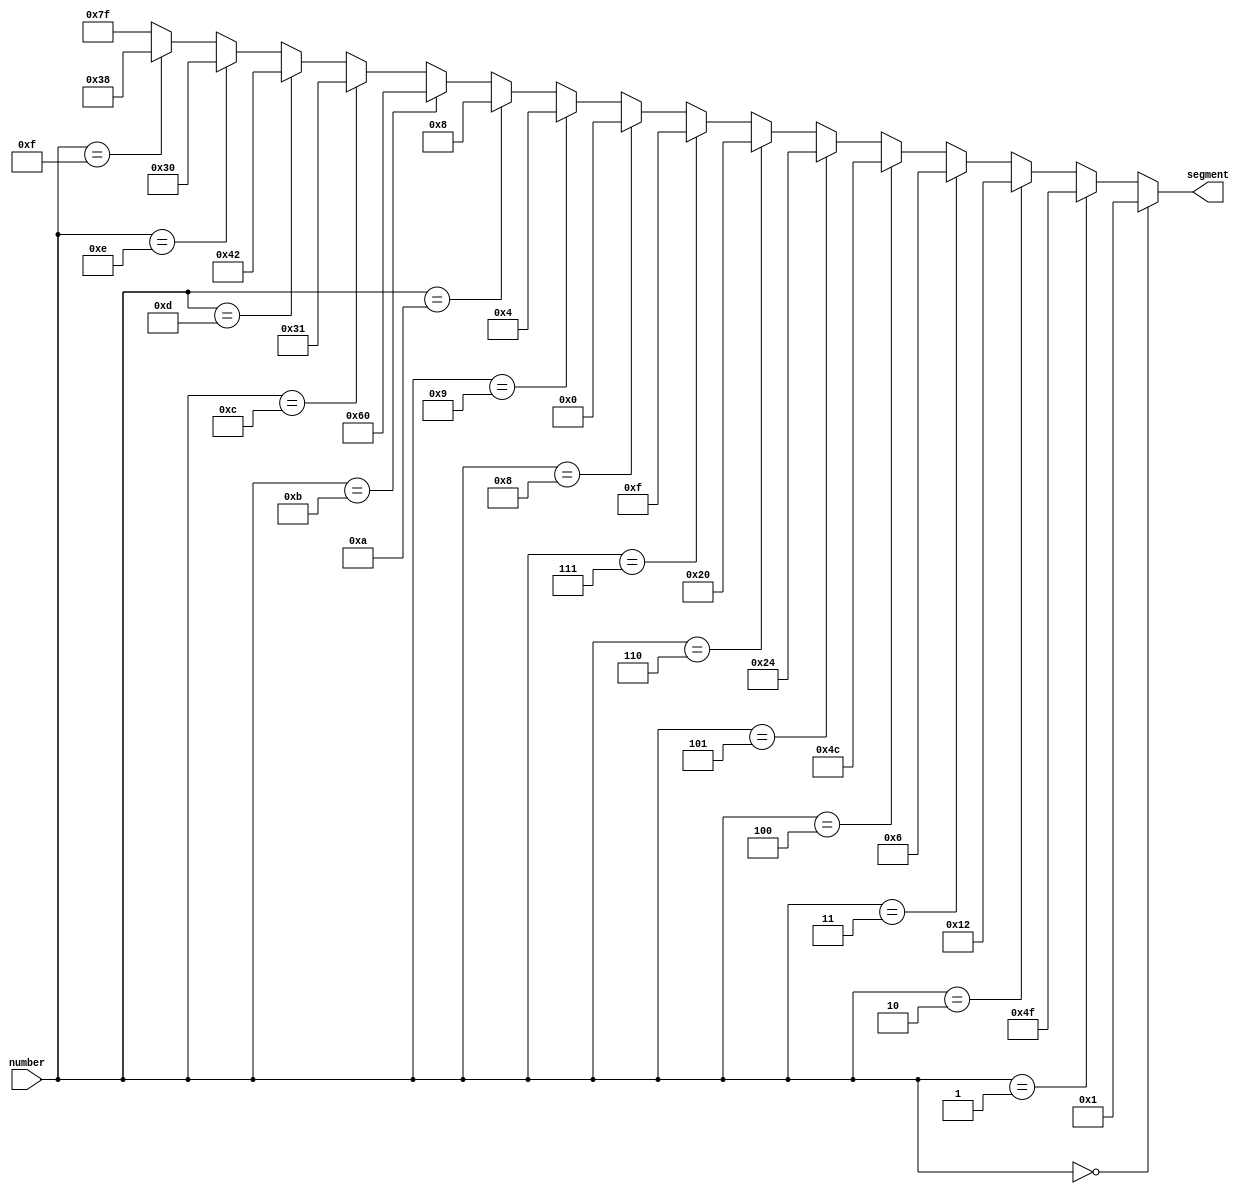
`timescale 1ns / 1ps
//////////////////////////////////////////////////////////////////////////////////
// Company: 
// Engineer: 
// 
// Design Name: 
// Module Name:    SevenSegmentDigit 
// Project Name: 
// Target Devices: 
// Tool versions: 
// Description: 
//
// Dependencies: 
//
// Revision: 
// Revision 0.01 - File Created
// Additional Comments: 
//
//////////////////////////////////////////////////////////////////////////////////
module SevenSegmentDigit(number, segment);
    input [4:0] number;
	 output [6:0] segment;

	 // From the reference manual
	 assign segment =
		(number == 'h0) ? 7'b0000001 :
		(number == 'h1) ? 7'b1001111 :
		(number == 'h2) ? 7'b0010010 :
		(number == 'h3) ? 7'b0000110 :
		(number == 'h4) ? 7'b1001100 :
		(number == 'h5) ? 7'b0100100 :
		(number == 'h6) ? 7'b0100000 :
		(number == 'h7) ? 7'b0001111 :
		(number == 'h8) ? 7'b0000000 :
		(number == 'h9) ? 7'b0000100 :
		(number == 'hA) ? 7'b0001000 :
		(number == 'hB) ? 7'b1100000 :
		(number == 'hC) ? 7'b0110001 :
		(number == 'hD) ? 7'b1000010 :
		(number == 'hE) ? 7'b0110000 :
		(number == 'hF) ? 7'b0111000 :
		                  7'b1111111;

endmodule